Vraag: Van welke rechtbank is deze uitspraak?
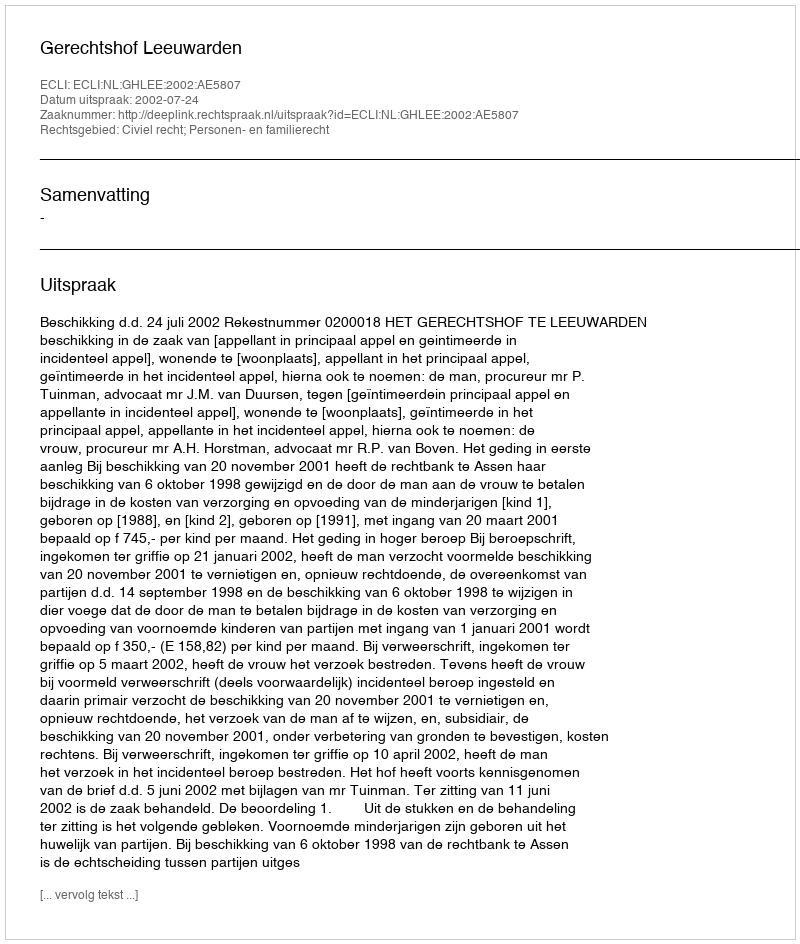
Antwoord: Gerechtshof Leeuwarden